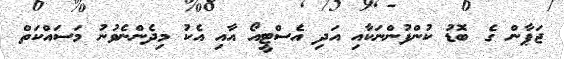
ޖަޕާން ގެ ބޮޑު ކުންފުންނަކާއި އަދި އެސްޓީއޯ އާއި އެކު މިދެންނެވުނު މަސައްކަތް